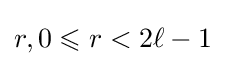
r,0\leqslant r<2\ell -1